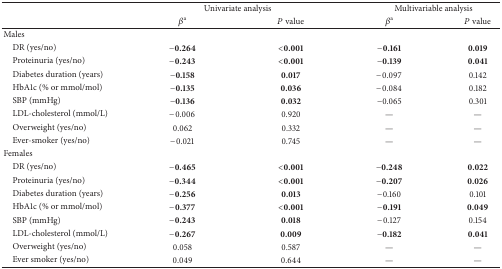
<table><thead><tr><td><b> </b></td><td colspan="2"><b>Univariate analysis</b></td><td colspan="2"><b>Multivariable analysis</b></td></tr><tr><td><b> </b></td><td><b><i>β</i><sup>a</sup></b></td><td><b><i>P</i> value</b></td><td><b><i>β</i><sup>a</sup></b></td><td><b><i>P</i> value</b></td></tr></thead><tbody><tr><td>Males</td><td> </td><td> </td><td> </td><td> </td></tr><tr><td> DR (yes/no)</td><td><b>−0.264</b></td><td><b>&lt;0.001</b></td><td><b>−0.161</b></td><td><b>0.019</b></td></tr><tr><td> Proteinuria (yes/no)</td><td><b>−0.243</b></td><td><b>&lt;0.001</b></td><td><b>−0.139</b></td><td><b>0.041</b></td></tr><tr><td> Diabetes duration (years)</td><td><b>−0.158</b></td><td><b>0.017</b></td><td>−0.097</td><td>0.142</td></tr><tr><td> HbA1c (% or mmol/mol)</td><td><b>−0.135</b></td><td><b>0.036</b></td><td>−0.084</td><td>0.182</td></tr><tr><td> SBP (mmHg)</td><td><b>−0.136</b></td><td><b>0.032</b></td><td>−0.065</td><td>0.301</td></tr><tr><td> LDL-cholesterol (mmol/L)</td><td>−0.006</td><td>0.920</td><td>—</td><td>—</td></tr><tr><td> Overweight (yes/no)</td><td>0.062</td><td>0.332</td><td>—</td><td>—</td></tr><tr><td> Ever-smoker (yes/no)</td><td>−0.021</td><td>0.745</td><td>—</td><td>—</td></tr><tr><td>Females</td><td> </td><td> </td><td> </td><td> </td></tr><tr><td> DR (yes/no)</td><td><b>−0.465</b></td><td><b>&lt;0.001</b></td><td><b>−0.248</b></td><td><b>0.022</b></td></tr><tr><td> Proteinuria (yes/no)</td><td><b>−0.344</b></td><td><b>&lt;0.001</b></td><td><b>−0.207</b></td><td><b>0.026</b></td></tr><tr><td> Diabetes duration (years)</td><td><b>−0.256</b></td><td><b>0.013</b></td><td>−0.160</td><td>0.101</td></tr><tr><td> HbA1c (% or mmol/mol)</td><td><b>−0.377</b></td><td><b>&lt;0.001</b></td><td><b>−0.191</b></td><td><b>0.049</b></td></tr><tr><td> SBP (mmHg)</td><td><b>−0.243</b></td><td><b>0.018</b></td><td>−0.127</td><td>0.154</td></tr><tr><td> LDL-cholesterol (mmol/L)</td><td><b>−0.267</b></td><td><b>0.009</b></td><td><b>−0.182</b></td><td><b>0.041</b></td></tr><tr><td> Overweight (yes/no)</td><td>0.058</td><td>0.587</td><td>—</td><td>—</td></tr><tr><td> Ever smoker (yes/no)</td><td>0.049</td><td>0.644</td><td>—</td><td>—</td></tr></tbody></table>